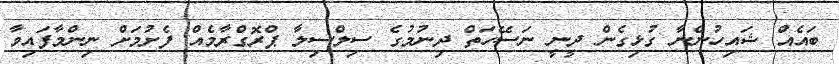
ބައެއް ޝައިހުންނާ ގުޅިގެން ދީނީ ނަސޭހަތް ދިނުމުގެ ސިލްސިލާ ޕްރޮގްރާމެއް ފެށުމަށް ނިންމާފައިވާ